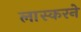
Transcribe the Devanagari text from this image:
लास्करने